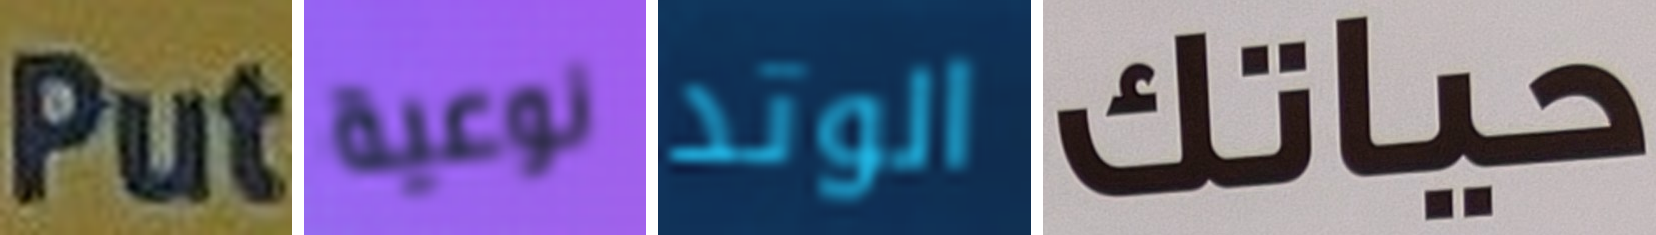
Put نوعية الوتد حياتك